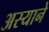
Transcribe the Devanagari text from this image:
अस्याने